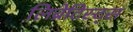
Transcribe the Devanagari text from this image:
लिब्रेटिस्ट्स